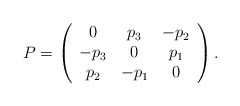
\begin{align*}P = \left( {\begin{array}{*{20}c} 0 & {p_3 } & { - p_2 } \\ { - p_3 } & 0 & {p_1 } \\ {p_2 } & { - p_1 } & 0 \\ \end{array} } \right).\end{align*}